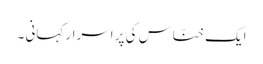
ایک خنّاس کی پر اسرار کہانی ۔